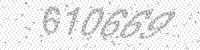
Solution: 610669